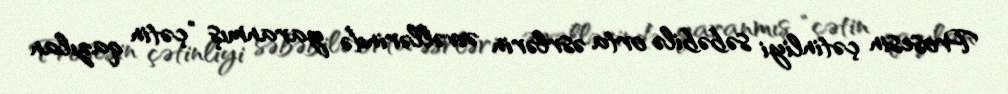
Prosesin çətinliyi səbəbilə orta əsrlərin əvvəllərində yaranmış "çətin qazılan